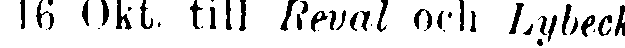
16 Okt. till Reval och Lybeck